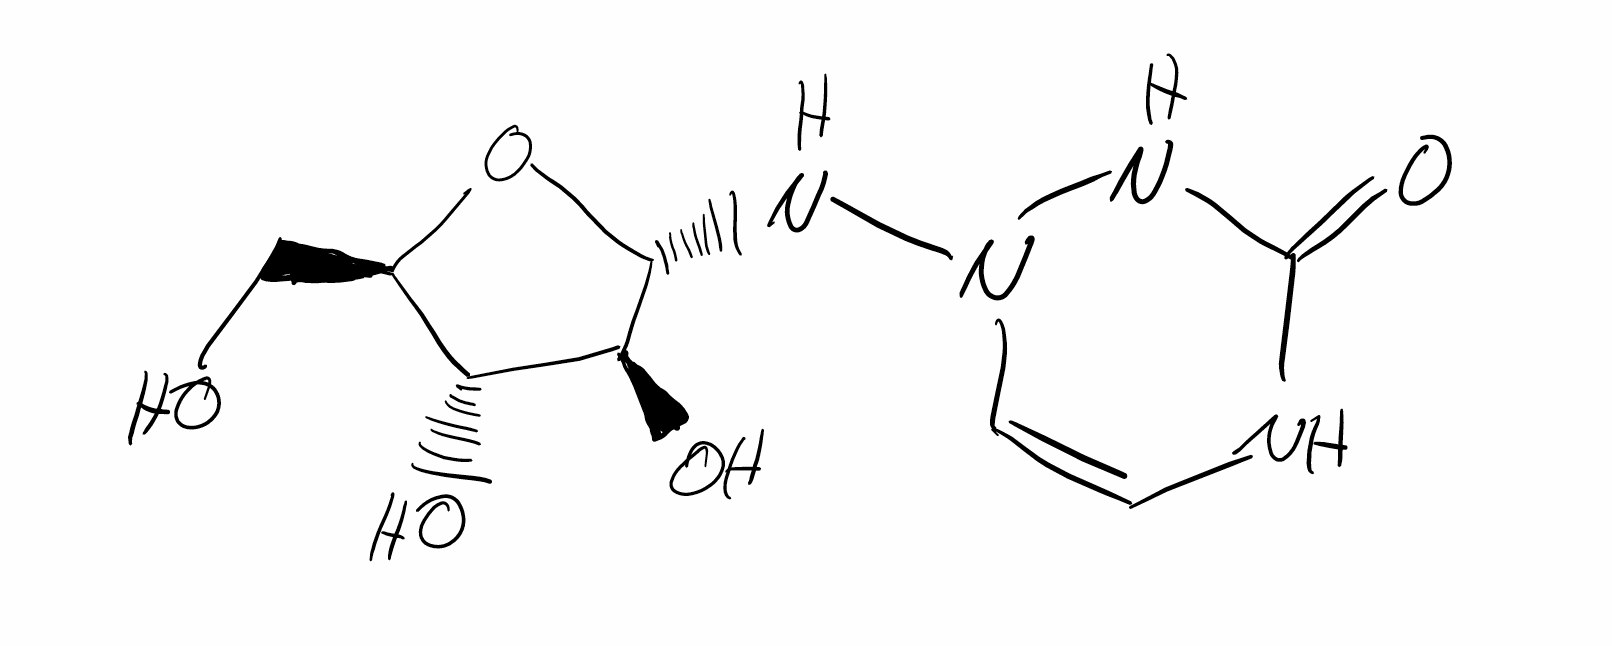
Simplified molecular-input line-entry system (SMILES) notation of the given molecule:
C1=CN(NC(=O)N1)N[C@@H]2[C@H]([C@@H]([C@H](O2)CO)O)O